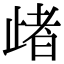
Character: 𣦈